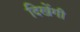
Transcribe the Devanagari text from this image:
दिखेंगी